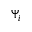
\Psi _ { i }